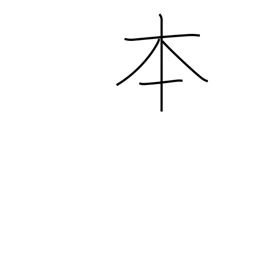
Meaning: counter for long cylindrical things